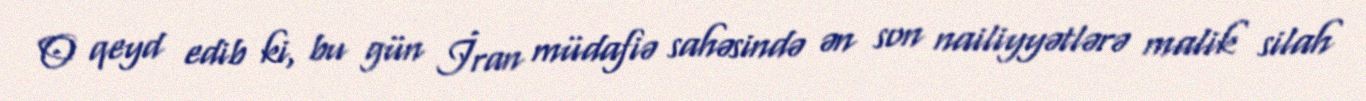
O qeyd edib ki, bu gün İran müdafiə sahəsində ən son nailiyyətlərə malik silah